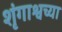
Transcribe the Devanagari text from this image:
शृंगाश्वच्या